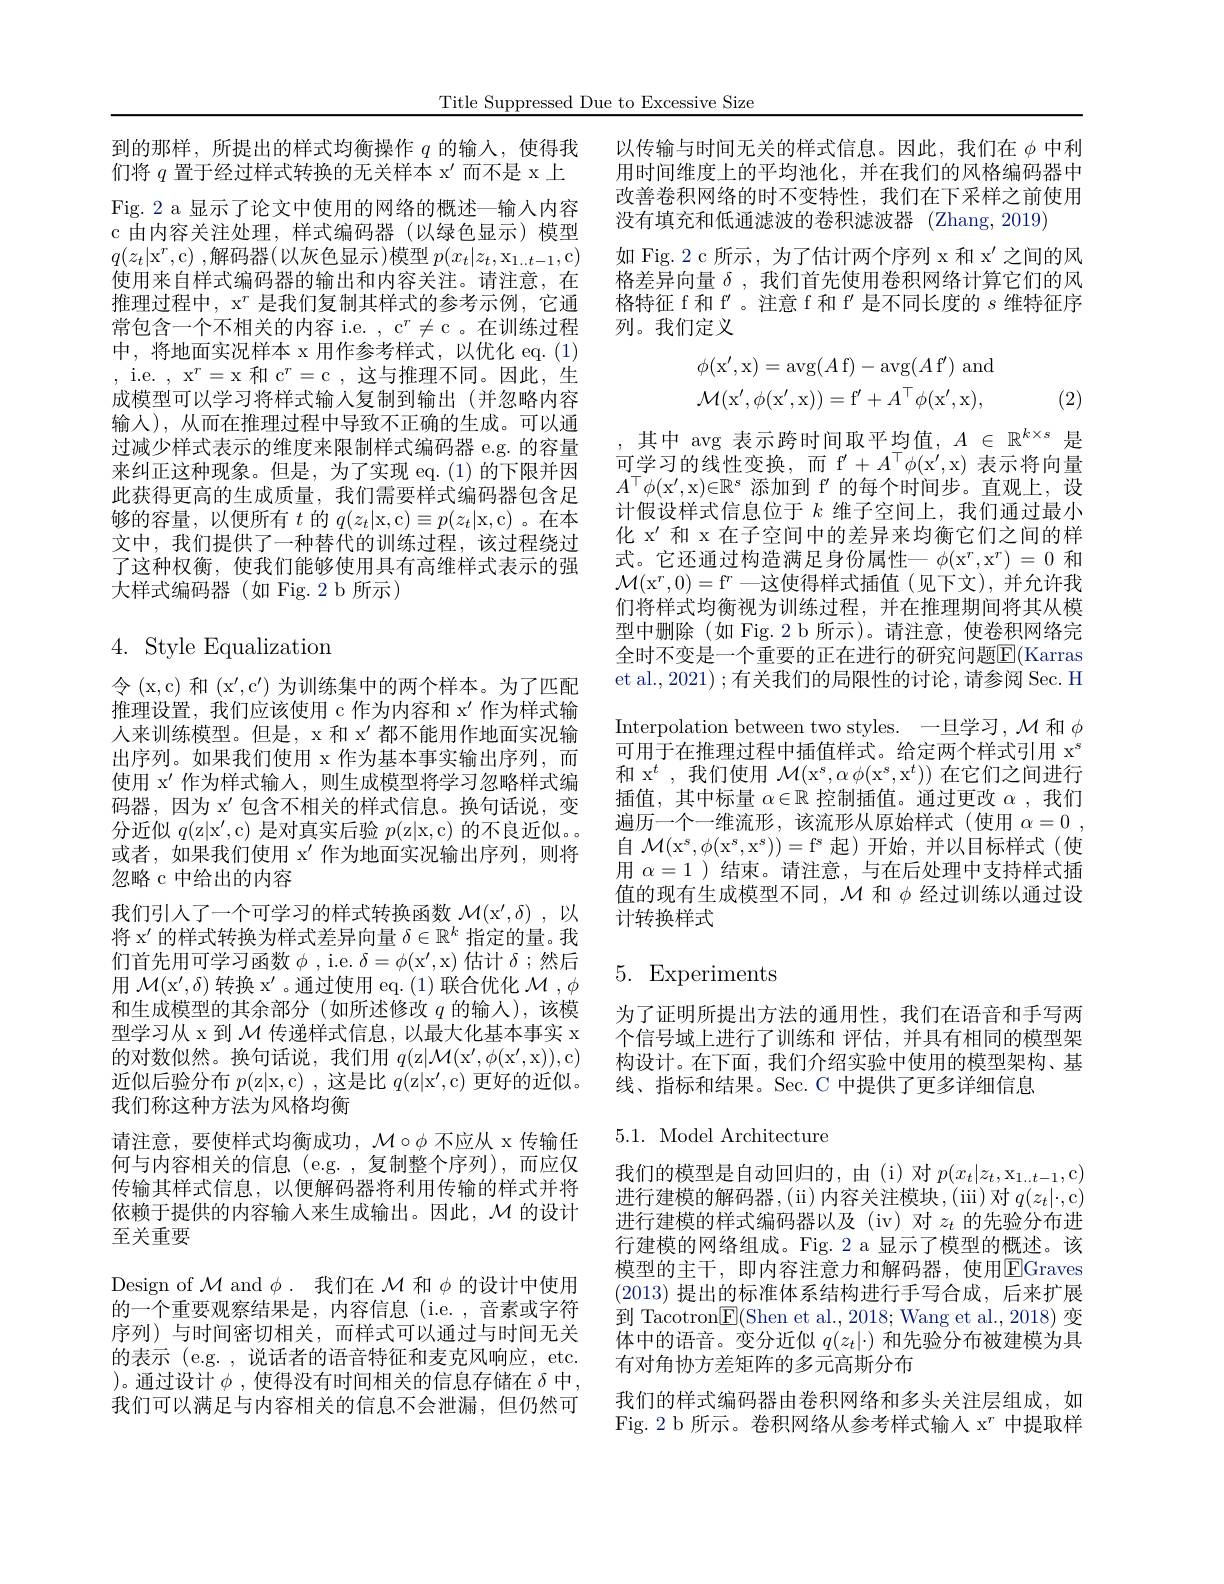
Title Suppressed Due to Excessive Size

Fig. 2 a 显示了论文中使用的网络的概述—输入内容c 由内容关注处理，样式编码器(以绿色显示)模型$q(z_t|\mathrm{x}^r$,c) ,解码器(以灰色显示)模型 $p(x_t|z_t,\mathrm{x}_{1..t-1}$,c) 使用来自样式编码器的输出和内容关注。请注意，在推理过程中，x$^r$是我们复制其样式的参考示例，它通常包含一个不相关的内容 i.e. , c$^r\neq$c 。在训练过程中，将地面实况样本 x 用作参考样式，以优化 eq.(1) , i.e. , x$^r=$x 和 c$^r=$c,这与推理不同。因此，生成模型可以学习将样式输入复制到输出(并忽略内容输入),从而在推理过程中导致不正确的生成。可以通过减少样式表示的维度来限制样式编码器 e.g. 的容量来纠正这种现象。但是，为了实现 eq.(1)的下限并因此获得更高的生成质量，我们需要样式编码器包含足够的容量，以便所有$t$的$q(z_t|$x,c$)\equiv p(z_t|$x,c)。在本文中，我们提供了一种替代的训练过程，该过程绕过了这种权衡，使我们能够使用具有高维样式表示的强大样式编码器(如 Fig.2 b 所示)

# $4.{\mathrm{~Style~Equalization}}$

令(x,c)和(x^{$\prime ,c^{\prime})为训练集中的两个样本。为了匹配$ 推理设置，我们应该使用 c 作为内容和 x' 作为样式输人来训练模型。但是，x 和$x^\prime$都不能用作地面实况输出序列。如果我们使用 x 作为基本事实输出序列，而使用 x' 作为样式输人，则生成模型将学习忽略样式编码器，因为 x'包含不相关的样式信息。换句话说，变分近似 $q($z| $x^{\prime }$, c) 是对真实后验 $p($z|x,c)的不良近似。或者，如果我们使用 x^{\prime} 作为地面实况输出序列，则将忽略 c 中给出的内容
我们引人了一个可学习的样式转换函数$\mathcal{M} ( \mathrm{x} ^{\prime }, \delta )$ ,以将 x' 的样式转换为样式差异向量$\delta\in\mathbb{R}^k$指定的量。我们首先用可学习函数$\phi$ , i.e. $\delta = \phi ( x^{\prime }$, x) 估计 $\delta$ ;然后用$\mathcal{M} ( \mathrm{x} ^{\prime }, \delta )$转换 x$^\prime$。通过使用 eq.(1)联合优化$\mathcal{M},\phi$ 和生成模型的其余部分(如所述修改$q$的输入),该模型学习从 x 到$\mathcal{M}$传递样式信息，以最大化基本事实 x 的对数似然。换句话说，我们用$q($z$| \mathcal{M} ( x^{\prime }$, $\phi$( $x^{\prime }$, x) ) , c) 近似后验分布$p($z|x,c) ,这是比$q($z|x',c) 更好的近似。我们称这种方法为风格均衡
请注意，要使样式均衡成功，$\mathcal{M}\circ\phi$不应从 x 传输任何与内容相关的信息 (e.g. ,复制整个序列),而应仅传输其样式信息，以便解码器将利用传输的样式并将依赖于提供的内容输入来生成输出。因此，$\mathcal{M}$的设计至关重要
Design of $\mathcal{M}$ and $\phi.$我们在$\mathcal{M}$和$\phi$的设计中使用的一个重要观察结果是，内容信息(i.e.,音素或字符序列)与时间密切相关，而样式可以通过与时间无关的表示 (e.g. , 说话者的语音特征和麦克风响应，etc. )。通过设计$\phi$,使得没有时间相关的信息存储在$\delta$中， 我们可以满足与内容相关的信息不会泄漏，但仍然可

到的那样，所提出的样式均衡操作$q$的输入，使得我 以传输与时间无关的样式信息。因此，我们在$\phi$中利们将$q$置于经过样式转换的无关样本$x^{\prime}$而不是 x上 用时间维度上的平均池化，并在我们的风格编码器中
改善卷积网络的时不变特性，我们在下采样之前使用
没有填充和低通滤波的卷积滤波器 (Zhang,2019)
如 Fig. 2 c 所示，为了估计两个序列 x 和 x' 之间的风格差异向量$\delta$,我们首先使用卷积网络计算它们的风格特征 f 和 f' 。注意 f 和 f' 是不同长度的$s$维特征序列。我们定义
$$\phi(\mathrm{x'},\mathrm{x})=\arg(A\:\mathrm{f})-\arg(A\:\mathrm{f'})\:\mathrm{and}\\\mathcal{M}(\mathrm{x'},\phi(\mathrm{x'},\mathrm{x}))=\mathrm{f'}+A^{\top}\phi(\mathrm{x'},\mathrm{x}),$$
(2)

,其中 avg 表示跨时间取平均值，$A\in\mathbb{R}^k\times s$是可学习的线性变换，而$\mathrm f^{\prime}+A^\top\phi(x^{\prime},x)$表示将向量$A^\top \phi ( x^{\prime }$, x) $\in \mathbb{R} ^s$添加到 f'的每个时间步。直观上，设计假设样式信息位于$k$维子空间上，我们通过最小化 x' 和 x 在子空间中的差异来均衡它们之间的样式。它还通过构造满足身份属性一$\phi(\mathrm{x}^r,\mathrm{x}^r)=0$和$\mathcal{M} ( \mathrm{x} ^r, 0) = \mathrm{f} ^r$一这使得样式插值(见下文),并允许我们将样式均衡视为训练过程，并在推理期间将其从模型中删除(如 Fig. 2 b 所示)。请注意，使卷积网络完全时不变是一个重要的正在进行的研究问题$\overline{\mathrm{F}}($Karras et al., 2021) ; 有关我们的局限性的讨论 ,请参阅 Sec. H Interpolation between two styles. 一旦学习，$\mathcal M$和$\phi$ 可用于在推理过程中插值样式。给定两个样式引用 x$^{s}$ 和 x$^t$,我们使用$\mathcal{M} ( \mathrm{x} ^s, \alpha$ $\phi(\mathrm{x}^s,\mathrm{x}^t))$在它们之间进行插值，其中标量$\alpha\in\mathbb{R}$控制插值。通过更改$\alpha$,我们遍历一个一维流形，该流形从原始样式(使用$\alpha = 0$ , 自$\mathcal{M} ( \mathrm{x} ^s, \phi ( \mathrm{x} ^s, \mathrm{x} ^s) ) = \mathrm{f} ^s$起)开始，并以目标样式(使用$\alpha=1$ )结束。请注意，与在后处理中支持样式插值的现有生成模型不同，$\mathcal{M}$和$\phi$经过训练以通过设计转换样式

# 5. Experiments

为了证明所提出方法的通用性，我们在语音和手写两个信号域上进行了训练和 评估，并具有相同的模型架构设计。在下面，我们介绍实验中使用的模型架构、基线、指标和结果。Sec. C 中提供了更多详细信息

5.1. Model Architecture

我们的模型是自动回归的，由(i)对$p(x_t|z_t,\mathrm{x}_{1..t-1}$,c) 进行建模的解码器，(ii)内容关注模块，(iii)对$q(z_t|\cdot$,c) 进行建模的样式编码器以及(iv)对$z_t$的先验分布进行建模的网络组成。Fig.2 a 显示了模型的概述。该模型的主干，即内容注意力和解码器，使用$\overline{\mathrm{E}}$Graves (2013)提出的标准体系结构进行手写合成，后来扩展到 Tacotron$\boxed{\mathrm{E}}($Shen et al., 2018; Wang et al., 2018) 变体中的语音。变分近似$q(z_t|\cdot)$和先验分布被建模为具有对角协方差矩阵的多元高斯分布
我们的样式编码器由卷积网络和多头关注层组成，如Fig. 2 b 所示。卷积网络从参考样式输入 x$^r$中提取样